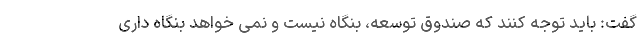
گفت: باید توجه کنند که صندوق توسعه، بنگاه نیست و نمی خواهد بنگاه داری